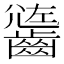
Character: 𪙄